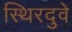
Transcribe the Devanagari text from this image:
स्थिरदुवे